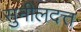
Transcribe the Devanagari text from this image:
सुनीलदत्त